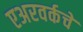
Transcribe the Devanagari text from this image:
एअरवर्कचे